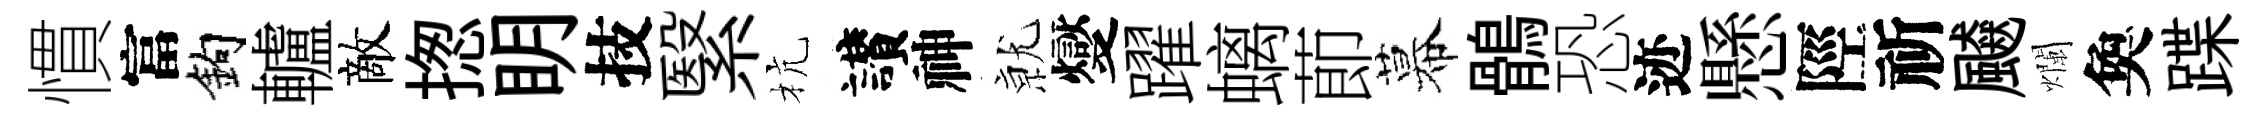
慣富鈎轤敵揔眀技繄杭讃神𭕒燮躍螭莭幕鶻恐迹懸陘祈飇爛奐蹀